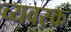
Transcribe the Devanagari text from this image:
व्यवस्क